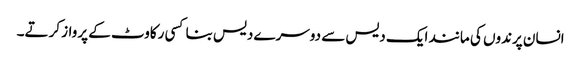
انسان پرندوں کی مانند ایک دیس سے دوسرے دیس بنا کسی رکاوٹ کے پرواز کرتے۔